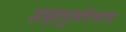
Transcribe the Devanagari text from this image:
डब्ल्यूबीएचएफ़